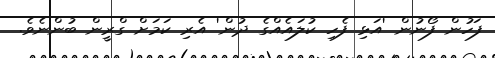
ފަހުން ފޯނުން 'އަޅި ފެހި ކުލައެއްގެ ދުން' އެރި ކަމަށް ގްރީން ބުންނެވެ.